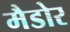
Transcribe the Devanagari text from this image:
मैडोर